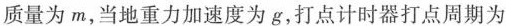
质量为m，当地重力加速度为g，打点计时器打点周期为